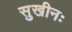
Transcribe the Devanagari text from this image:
सुखीनः